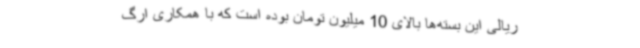
ریالی این بسته‌ها بالای 10 میلیون تومان بوده است که با همکاری ارگ